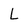
Character: L